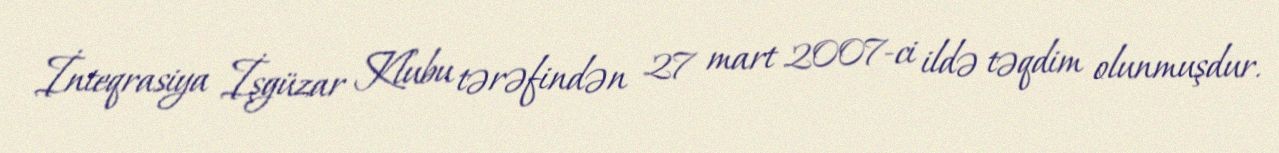
İnteqrasiya İşgüzar Klubu tərəfindən 27 mart 2007-ci ildə təqdim olunmuşdur.